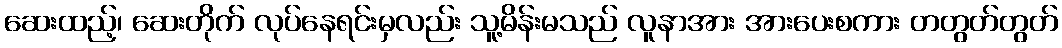
ဆေးထည့်၊ ဆေးတိုက် လုပ်နေရင်းမှလည်း သူ့မိန်းမသည် လူနာအား အားပေးစကား တတွတ်တွတ်